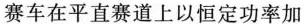
赛车在平直赛道上以恒定功率加